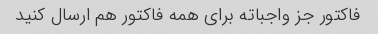
فاکتور جز واجباته برای همه فاکتور هم ارسال کنید